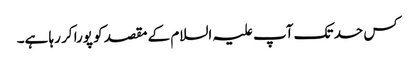
کس حد تک آپ علیہ السلام کے مقصد کو پورا کر رہا ہے۔